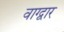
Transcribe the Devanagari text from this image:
वाग्द्वार